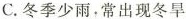
C.冬季少雨，常出现冬早